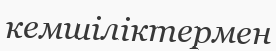
кемшіліктермен